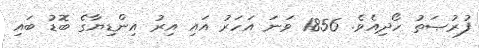
ފުރުޞަތު ހޯދިއެވެ. 1856 ވަނަ އަހަރު އައި އިރު އިންޑިޔާގެ ބޮޑު ބައި